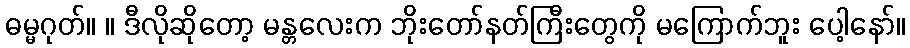
ဓမ္မဂုတ်။ ။ ဒီလိုဆိုတော့ မန္တလေးက ဘိုးတော်နတ်ကြီးတွေကို မကြောက်ဘူး ပေါ့နော်။